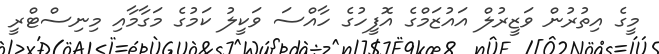
މީގެ އިތުރުން ވަޒީރުލް އައުޒަމްގެ އޮފީހުގެ ހާއްސަ ވަކީލު ކަމުގެ މަގާމާއި މިނިސްޓްރީ